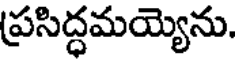
ప్రసిద్ధమయ్యెను.